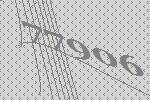
77906